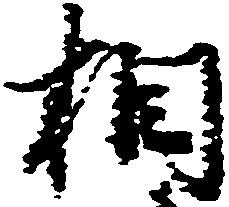
相